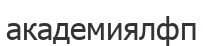
академиялфп